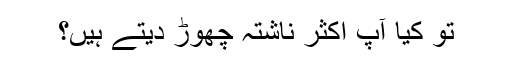
تو کیا آپ اکثر ناشتہ چھوڑ دیتے ہیں؟